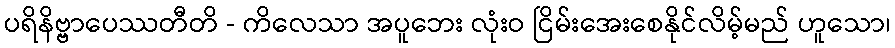
ပရိနိဗ္ဗာပေဿတီတိ - ကိလေသာ အပူဘေး လုံးဝ ငြိမ်းအေးစေနိုင်လိမ့်မည် ဟူသော၊